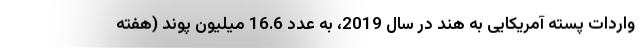
واردات پسته آمریکایی به هند در سال 2019، به عدد 16.6 میلیون پوند (هفته